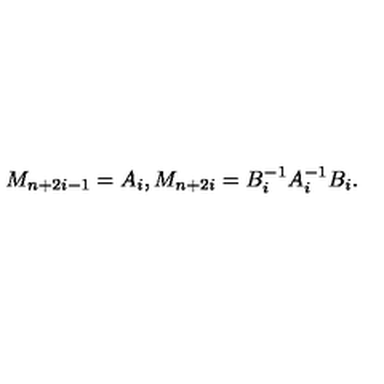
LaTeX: M _ { n + 2 i - 1 } = A _ { i } , M _ { n + 2 i } = B _ { i } ^ { - 1 } A _ { i } ^ { - 1 } B _ { i } .